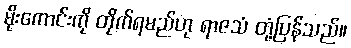
မိုးကောင်းကို တိုက်ရမည်ဟု ရာဇသံ တုံ့ပြန်သည်။